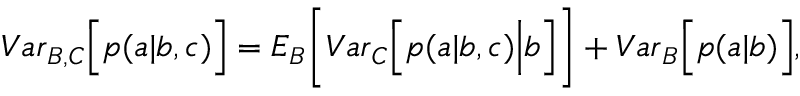
\begin{array} { r } { { V a r } _ { B , C } \Big [ p ( a | b , c ) \Big ] = { E } _ { B } \Bigg [ { V a r } _ { C } \Big [ p ( a | b , c ) \Big | b \Big ] \Bigg ] + { V a r } _ { B } \Big [ p ( a | b ) \Big ] , } \end{array}